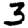
Digit: 3